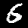
Digit: 6